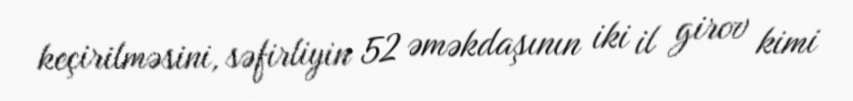
keçirilməsini, səfirliyin 52 əməkdaşının iki il girov kimi